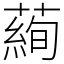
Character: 𦻖